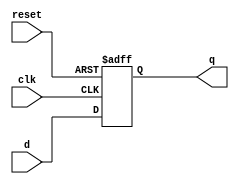
`define REG_DELAY 1

module ansireg(input clk, reset, input [7:0] d, output reg [7:0] q );
always @(posedge clk or posedge reset)
   if(reset)
     q <= #(`REG_DELAY) 8'h00;
   else
     q <= #(`REG_DELAY) d;

endmodule

module main;

   reg clk, reset;
   reg [7:0] d;
   wire [7:0] q;

   ansireg U(clk, reset, d, q);

   initial begin
      clk = 0;
      reset = 0;
      d = 'hff;

      #(2*`REG_DELAY) clk <= 1;
      #(2*`REG_DELAY) if (q !== d) begin
	 $display("FAILED -- clk=%b, reset=%b, d=%b, q=%b", clk, reset, d, q);
	 $finish;
      end

      reset <= 1;
      #(1 + `REG_DELAY) if (q !== 8'h00) begin
	 $display("FAILED -- clk=%b, reset=%b, d=%b, q=%b", clk, reset, d, q);
	 $finish;
      end

      $display("PASSED");
   end // initial begin
endmodule // main